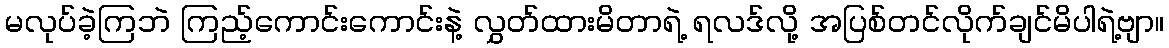
မလုပ်ခဲ့ကြဘဲ ကြည့်ကောင်းကောင်းနဲ့ လွှတ်ထားမိတာရဲ့ ရလဒ်လို့ အပြစ်တင်လိုက်ချင်မိပါရဲ့ဗျာ။